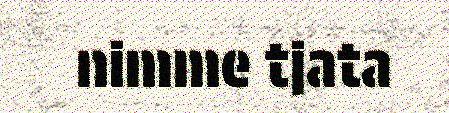
nimme tjata